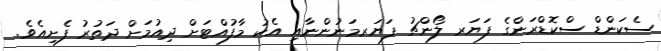
ސެކަންޑް ސްކޮޑްރަންގެ ފަޔަރ ލޯންޗު ފަޔަރމަނުންނާއި އެކު މާފުއްޓަށް ދިއުމަށް ދަތުރު ފެށިއެވެ.